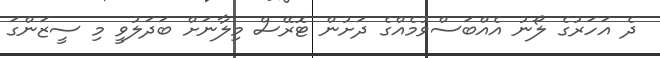
ދެ އަހަރުގެ ލޯނު އެއްބަސްވުމެއްގެ ދަށުން ޓޮރޭސް މިލާނަށް ބަދަލުވީ މި ސީޒަންގަ